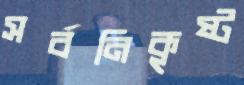
সর্বনিকৃষ্ট